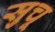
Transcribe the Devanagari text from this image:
सुचू